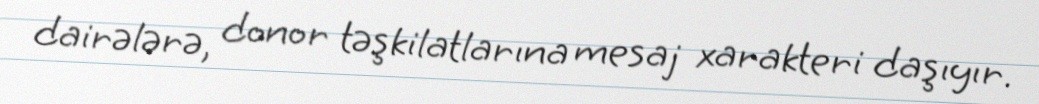
dairələrə, donor təşkilatlarına mesaj xarakteri daşıyır.